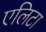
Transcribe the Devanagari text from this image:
एलिटा